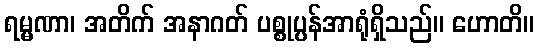
ရမ္မဏာ၊ အတိက် အနာဂတ် ပစ္စုပ္ပန်အာရုံရှိသည်။ ဟောတိ။